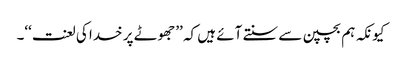
کیونکہ ہم بچپن سے سنتے آئے ہیں کہ ’’جھوٹے پر خدا کی لعنت‘‘۔